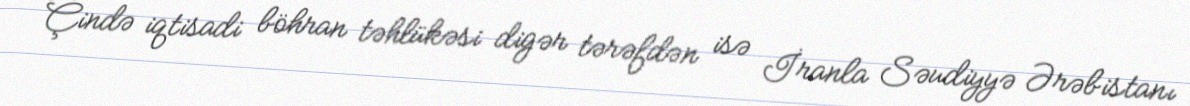
Çində iqtisadi böhran təhlükəsi digər tərəfdən isə İranla Səudiyyə Ərəbistanı